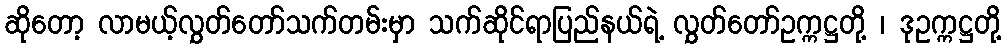
ဆိုတော့ လာမယ့်လွှတ်တော်သက်တမ်းမှာ သက်ဆိုင်ရာပြည်နယ်ရဲ့ လွှတ်တော်ဥက္ကဋ္ဌတို့ ၊ ဒုဥက္ကဋ္ဌတို့